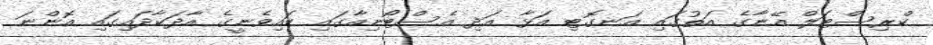
ކްރިސްޓަލް އޭނާގެ އަތުގައި އަނގޮޓި އަޅާ އަދި އެސްޓޯނިއާގައި ކައިވެނީގެ އާދަކާދައިގައި އޮންނަ